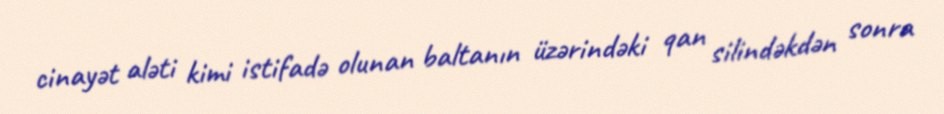
cinayət aləti kimi istifadə olunan baltanın üzərindəki qan silindəkdən sonra